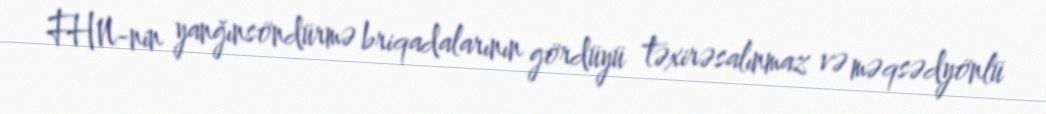
FHN-nin yanğınsöndürmə briqadalarının gördüyü təxirəsalınmaz və məqsədyönlü